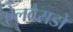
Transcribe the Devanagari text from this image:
ऐलवैराडो